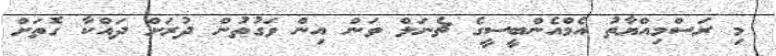
މި ރަސްމިއްޔާތު އެމްއެންބީސީގެ ޗެނަލް ވަން އިން ވަގުތުން ދުރަށް ދައްކާ ގޮތަށް